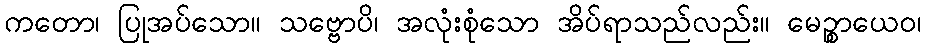
ကတော၊ ပြုအပ်သော။ သဗ္ဗောပိ၊ အလုံးစုံသော အိပ်ရာသည်လည်း။ မေဉ္စာယေဝ၊